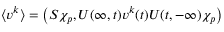
\langle v ^ { k } \rangle = \left( S \chi _ { p } , U ( \infty , t ) v ^ { k } ( t ) U ( t , - \infty ) \chi _ { p } \right)